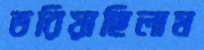
ভরিয়াছিলাম